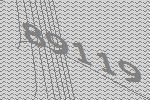
89119